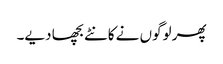
پھر لوگوں نے کانٹے بچھا دیے۔